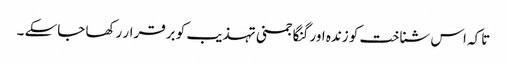
تاکہ اس شناخت کو زندہ اور گنگا جمنی تہذیب کو برقرار رکھا جاسکے ۔